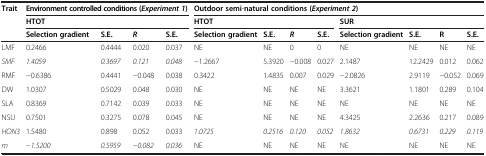
<table><thead><tr><td rowspan="3"><b>Trait</b></td><td colspan="4"><b>Environment controlled conditions(<i>Experiment 1</i>)</b></td><td colspan="8"><b>Outdoor semi-natural conditions(<i>Experiment 2</i>)</b></td></tr><tr><td colspan="4"><b>HTOT</b></td><td colspan="4"><b>HTOT</b></td><td colspan="4"><b>SUR</b></td></tr><tr><td><b>Selection gradient</b></td><td><b>S.E.</b></td><td><b><i>R</i></b></td><td><b>S.E.</b></td><td><b>Selection gradient</b></td><td><b>S.E.</b></td><td><b><i>R</i></b></td><td><b>S.E.</b></td><td><b>Selection gradient</b></td><td><b>S.E.</b></td><td><b>R</b></td><td><b>S.E.</b></td></tr></thead><tbody><tr><td>LMF</td><td>0.2466</td><td>0.4444</td><td>0.020</td><td>0.037</td><td>NE</td><td>NE</td><td>0</td><td>0</td><td>NE</td><td>NE</td><td>NE</td><td>NE</td></tr><tr><td><i>SMF</i></td><td><i>1.4059</i></td><td><i>0.3697</i></td><td><i>0.121</i></td><td><i>0.048</i></td><td>−1.2667</td><td>5.3920</td><td>−0.008</td><td>0.027</td><td>2.1487</td><td>12.2429</td><td>0.012</td><td>0.062</td></tr><tr><td>RMF</td><td>−0.6386</td><td>0.4441</td><td>−0.048</td><td>0.038</td><td>0.3422</td><td>1.4835</td><td>0.007</td><td>0.029</td><td>−2.0826</td><td>2.9119</td><td>−0.052</td><td>0.069</td></tr><tr><td>DW</td><td>1.0307</td><td>0.5029</td><td>0.048</td><td>0.030</td><td>NE</td><td>NE</td><td>NE</td><td>NE</td><td>3.3621</td><td>1.1801</td><td>0.289</td><td>0.104</td></tr><tr><td>SLA</td><td>0.8369</td><td>0.7142</td><td>0.039</td><td>0.033</td><td>NE</td><td>NE</td><td>NE</td><td>NE</td><td>NE</td><td>NE</td><td>NE</td><td>NE</td></tr><tr><td>NSU</td><td>0.7501</td><td>0.3275</td><td>0.078</td><td>0.045</td><td>NE</td><td>NE</td><td>NE</td><td>NE</td><td>4.3425</td><td>2.2636</td><td>0.217</td><td>0.089</td></tr><tr><td><i>HON3</i></td><td>1.5480</td><td>0.898</td><td>0.052</td><td>0.033</td><td><i>1.0725</i></td><td><i>0.2516</i></td><td><i>0.120</i></td><td><i>0.052</i></td><td><i>1.8632</i></td><td><i>0.6731</i></td><td><i>0.229</i></td><td><i>0.119</i></td></tr><tr><td><i>m</i></td><td>−<i>1.5200</i></td><td><i>0.5959</i></td><td>−<i>0.082</i></td><td><i>0.036</i></td><td>NE</td><td>NE</td><td>NE</td><td>NE</td><td>NE</td><td>NE</td><td>NE</td><td>NE</td></tr></tbody></table>